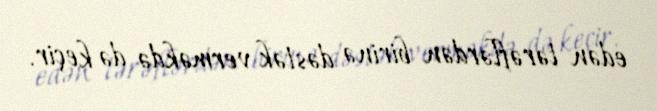
edən tərəflərdən birinə dəstək verməkdə də keçir.